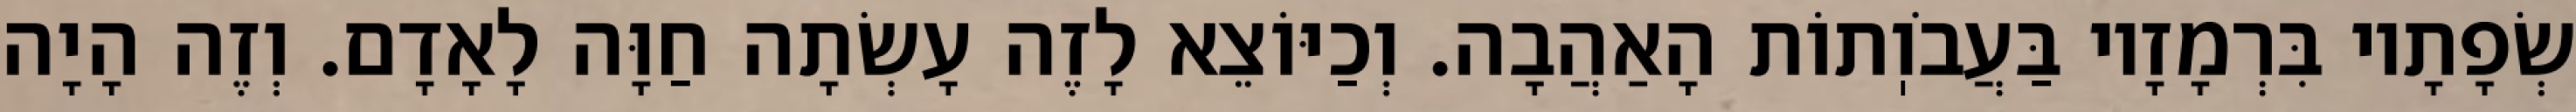
שְׂפָתָיו בִּרְמָזָיו בַּעֲבֹוֽתוֹת הָאַהֲבָה. וְכַיּוֹצֵא לָזֶה עָשְׂתָה חַוָּה לָאָדָם. וְזֶה הָיָה